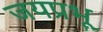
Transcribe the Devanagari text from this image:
जयप्रभू